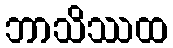
ဘာသိဿထ